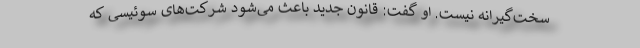
سخت‌گیرانه نیست. او گفت: قانون جدید باعث می‌شود شرکت‌های سوئیسی که